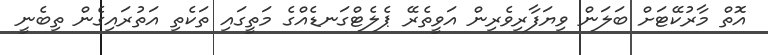
އޮތް މާރުކޭޓަށް ބަލަން ވިޔަފާރިވެރިން އަވީތެރޭ ޕެލެޓްގަނޑެއްގެ މަތީގައި ތަކެތި އަތުރައިގެން ތިބެނީ